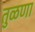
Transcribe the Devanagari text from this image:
तुळणा